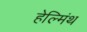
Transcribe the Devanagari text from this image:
हेल्मिंथ